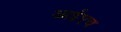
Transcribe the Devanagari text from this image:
आईएच